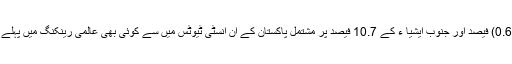
عالمی تعداد کے صفر عشاریہ 62 (0.62) فیصد اور جنوب ایشیا ء کے 10.7 فیصد پر مشتمل پاکستان کے ان انسٹی ٹیوٹس میں سے کوئی بھی عالمی رینکنگ میں پہلے چھ سو نمبر میںاپنی جگہ نہیں بنا پایا۔